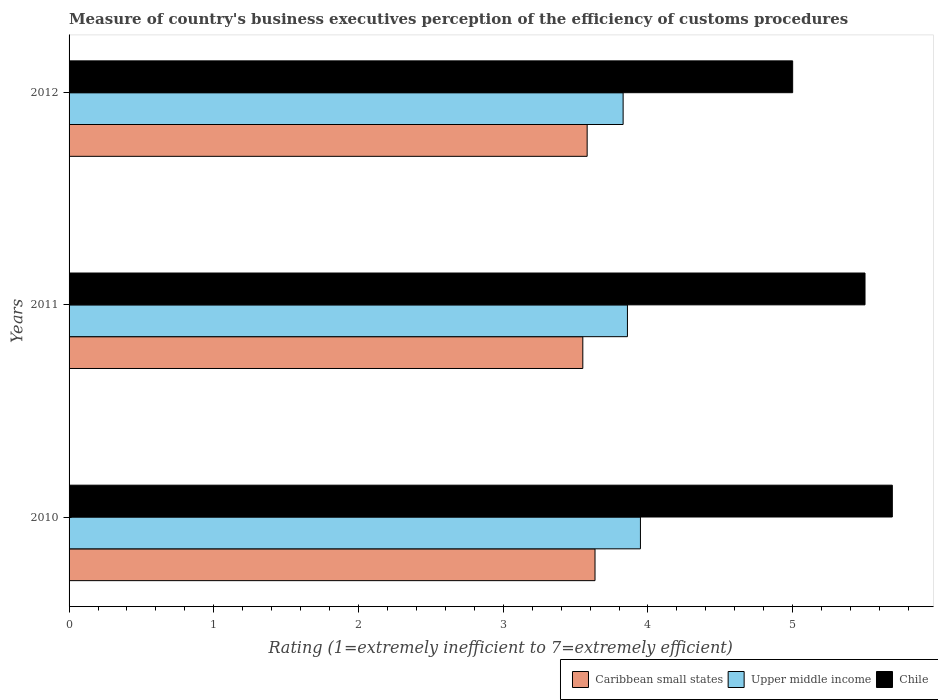
| Years | Caribbean small states | Upper middle income | Chile |
 | --- | --- | --- | --- |
 | 2010 | 3.63 | 3.95 | 5.69 |
 | 2011 | 3.55 | 3.86 | 5.5 |
 | 2012 | 3.58 | 3.83 | 5 |